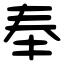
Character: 奉